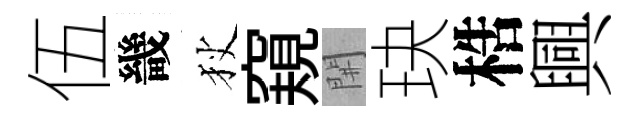
伍畿狄窺𨳩玦梏興